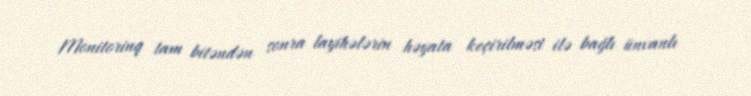
Monitorinq tam bitəndən sonra layihələrin həyata keçirilməsi ilə bağlı ünvanlı